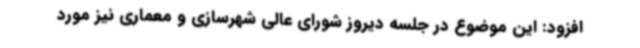
افزود: این موضوع در جلسه دیروز شورای عالی شهرسازی و معماری نیز مورد